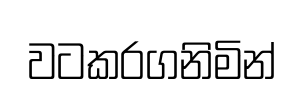
වටකරගනිමින්